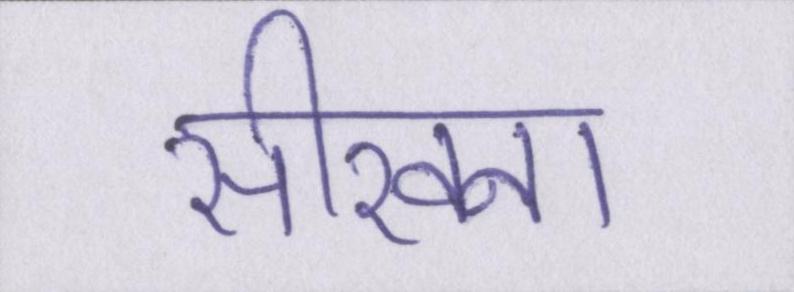
सीखना